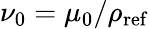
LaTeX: \nu_{0}=\mu_{0}/\rho_{\mathrm{ref}}